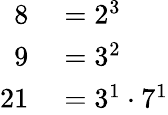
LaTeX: \begin{array}{rl}{8}&{{}=2^{3}}\\ {9}&{{}=3^{2}}\\ {21}&{{}=3^{1}\cdot 7^{1}}\end{array}